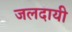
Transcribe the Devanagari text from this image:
जलदायी